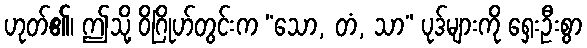
ဟုတ်၏၊ ဤသို့ ဝိဂြိုဟ်တွင်းက “သော, တံ, သာ” ပုဒ်များကို ရှေးဦးစွာ